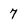
Character: 7